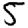
Digit: 5